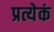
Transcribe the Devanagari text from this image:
प्रत्येकं